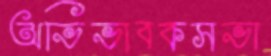
অভিভাবকসভা